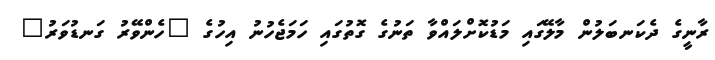
ރާނީގެ ދެކަނބަލުން މާލޭގައި މަޑުކޮށްލައްވާ ތަނުގެ ގޮތުގައި ހަމަޖެހުނު އިހުގެ "ހެންވޭރު ގަނޑުވަރު"